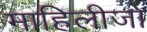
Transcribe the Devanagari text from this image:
माहिलीजो